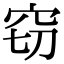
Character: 窃